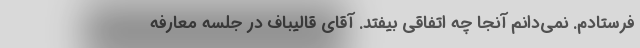
فرستادم. نمی‌دانم آنجا چه اتفاقی بیفتد. آقای قالیباف در جلسه معارفه